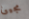
مجيئ